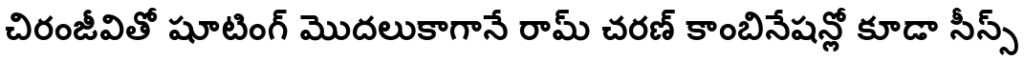
చిరంజీవితో షూటింగ్ మొదలుకాగానే రామ్ చరణ్ కాంబినేషన్లో కూడా సీన్స్